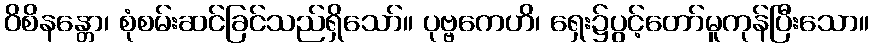
ဝိစိနန္တော၊ စုံစမ်းဆင်ခြင်သည်ရှိသော်။ ပုဗ္ဗကေဟိ၊ ရှေး၌ပွင့်တော်မူကုန်ပြီးသော။